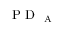
\mathrm { ~ P ~ D ~ } _ { \mathrm { ~ A ~ } }